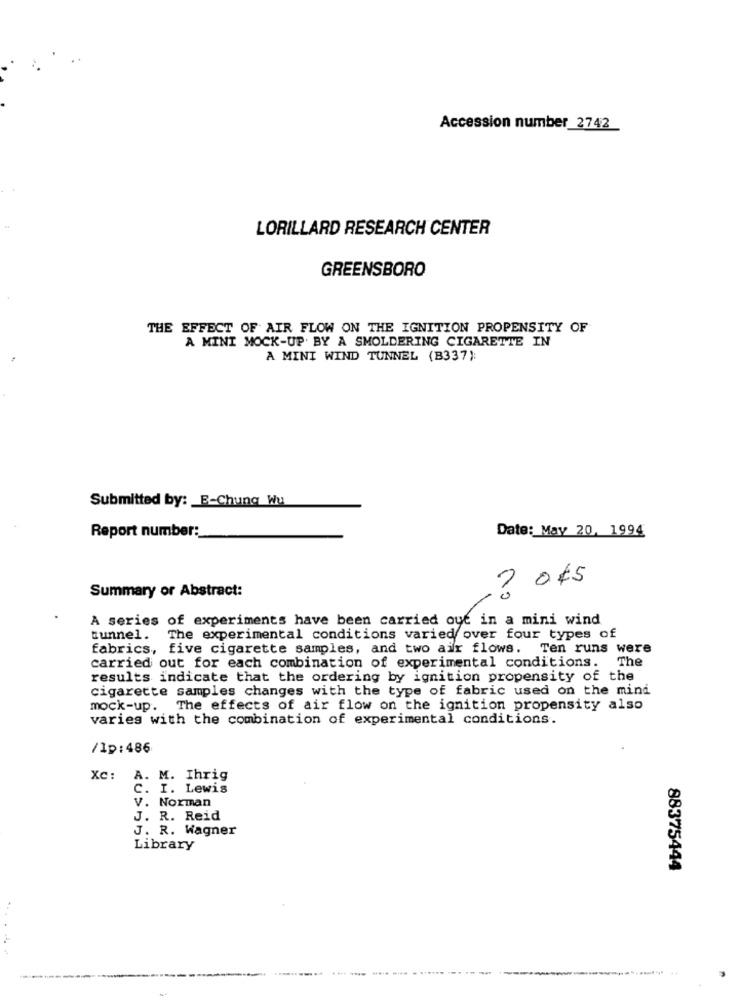
Accession number 2742
LORILLARD RESEARCH CENTER
GREENSBORO
THE EFFECT OF AIR FLOW ON THE IGNITION PROPENSITY OF
A MINI MOCK-UP BY A SMOLDERING CIGARETTE IN
A MINI WIND TUNNEL (B337):
Submitted by: E-Chung Wu
Report number:
Date: May 20, 1994
Summary or Abstract:
3 045
A series of experiments have been carried out in a mini wind
tunnel.
The experimental conditions varied over four types of
fabrics, five cigarette samples, and two air flows. Ten runs were
carried out for each combination of experimental conditions. The
results indicate that the ordering by ignition propensity of the
cigarette samples changes with the type of fabric used on the mind
mock-up. The effects of air flow on the ignition propensity also
varies with the combination of experimental conditions.
/Ip:486
Xc:
A. M. Ihrig
C. I. Lewis
V. Norman
J. R. Reid
J. R. Wagner
Library
88375444